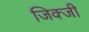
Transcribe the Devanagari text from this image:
जिक्जी